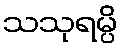
သသုရမ္ပိ